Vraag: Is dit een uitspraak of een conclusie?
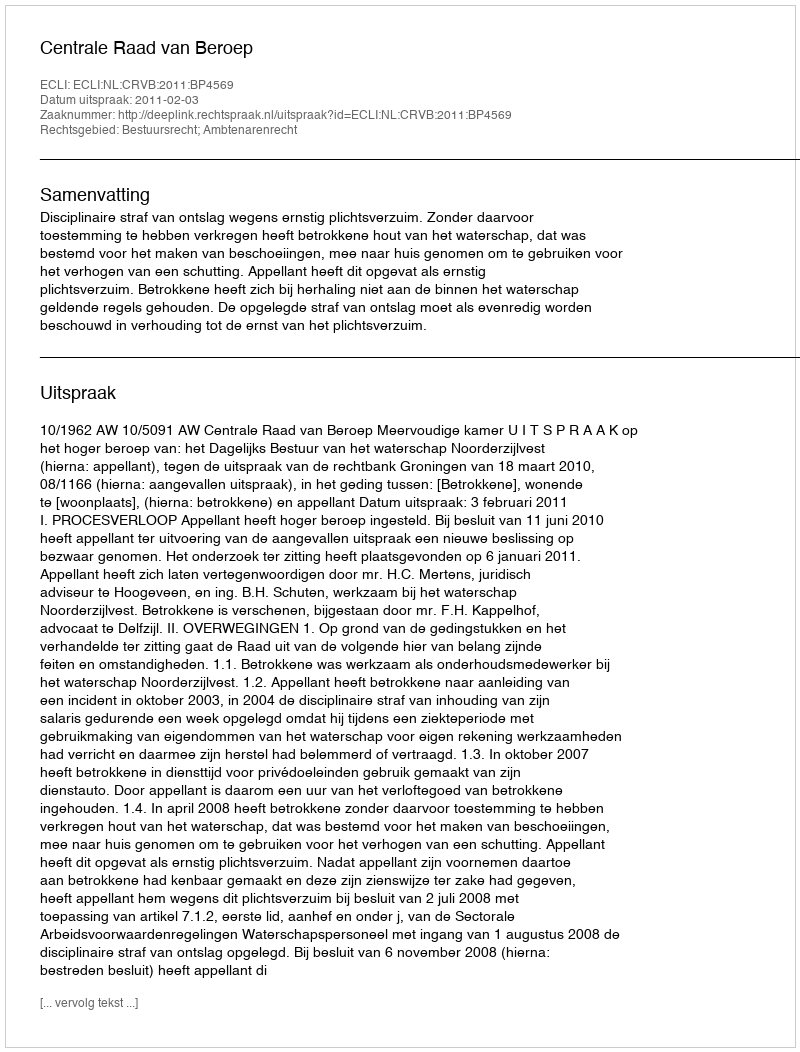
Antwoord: Uitspraak